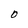
Character: O